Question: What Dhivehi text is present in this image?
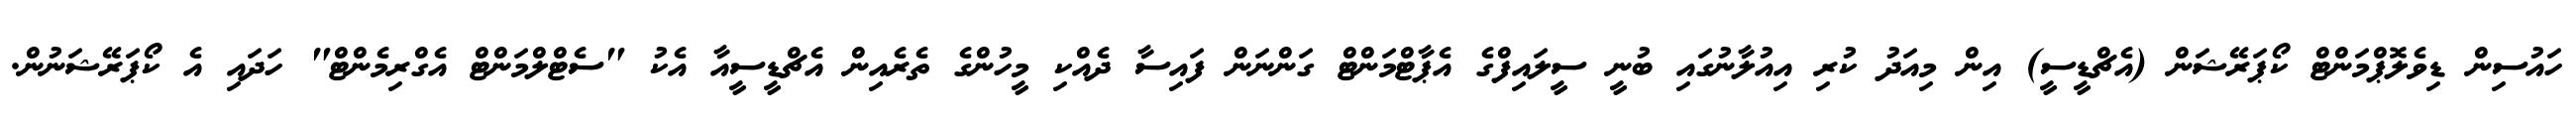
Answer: ހައުސިން ޑިވެލޮޕްމަންޓް ކޯޕަރޭޝަން (އެޗްޑީސީ) އިން މިއަދު ކުރި އިއުލާނުގައި ބުނީ ސީލައިފްގެ އެޕާޓްމަންޓް ގަންނަން ފައިސާ ދެއްކި މީހުންގެ ތެރެއިން އެޗްޑީސީއާ އެކު "ސެޓްލްމަންޓް އެގްރިމެންޓް" ހަދައި އެ ކޯޕަރޭޝަނުން.